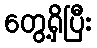
တွေ့ရှိပြီး